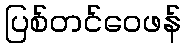
ပြစ်တင်ဝေဖန်